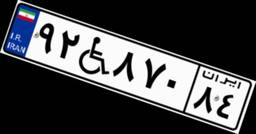
۹۲W۸۷۰۸۴